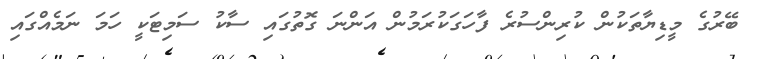
ބޭރުގެ މީޑިޔާތަކުން ކުރިންސުރެ ފާހަގަކުރަމުން އަންނަ ގޮތުގައި ސާކު ސަމިޓަކީ ހަމަ ނަމެއްގައި